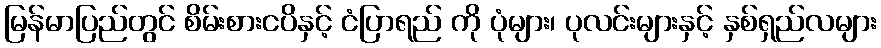
မြန်မာပြည်တွင် စိမ်းစားငပိနှင့် ငံပြာရည် ကို ပုံများ၊ ပုလင်းများနှင့် နှစ်ရှည်လများ